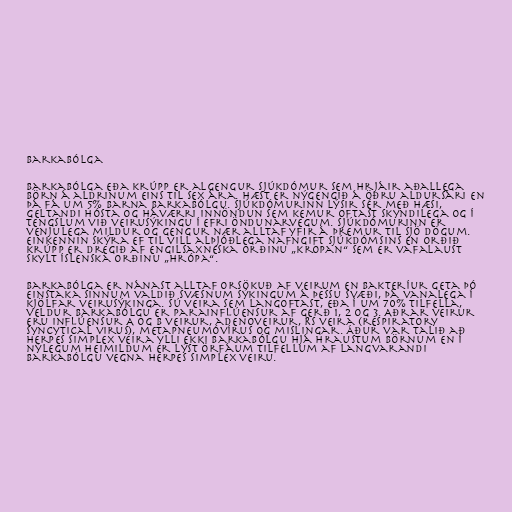
Barkabólga

Barkabólga eða krúpp er algengur sjúkdómur sem hrjáir aðallega
börn á aldrinum eins til sex ára. Hæst er nýgengið á öðru aldursári en
þá fá um 5% barna barkabólgu. Sjúkdómurinn lýsir sér með hæsi,
geltandi hósta og háværri innöndun sem kemur oftast skyndilega og í
tengslum við veirusýkingu í efri öndunarvegum. Sjúkdómurinn er
venjulega mildur og gengur nær alltaf yfir á þremur til sjö dögum.
Einkennin skýra ef til vill alþjóðlega nafngift sjúkdómsins en orðið
krúpp er dregið af engilsaxneska orðinu „kropan“ sem er vafalaust
skylt íslenska orðinu „hrópa“.

Barkabólga er nánast alltaf orsökuð af veirum en bakteríur geta þó
einstaka sinnum valdið svæsnum sýkingum á þessu svæði, þá vanalega í
kjölfar veirusýkinga. Sú veira sem langoftast, eða í um 70% tilfella,
veldur barkabólgu er parainflúensur af gerð 1, 2 og 3. Aðrar veirur
eru inflúensur A og B veirur, adenoveirur, RS veira (respiratory
syncytical virus), metapneumóvírus og mislingar. Áður var talið að
herpes simplex veira ylli ekki barkabólgu hjá hraustum börnum en í
nýlegum heimildum er lýst örfáum tilfellum af langvarandi
barkabólgu vegna herpes simplex veiru.